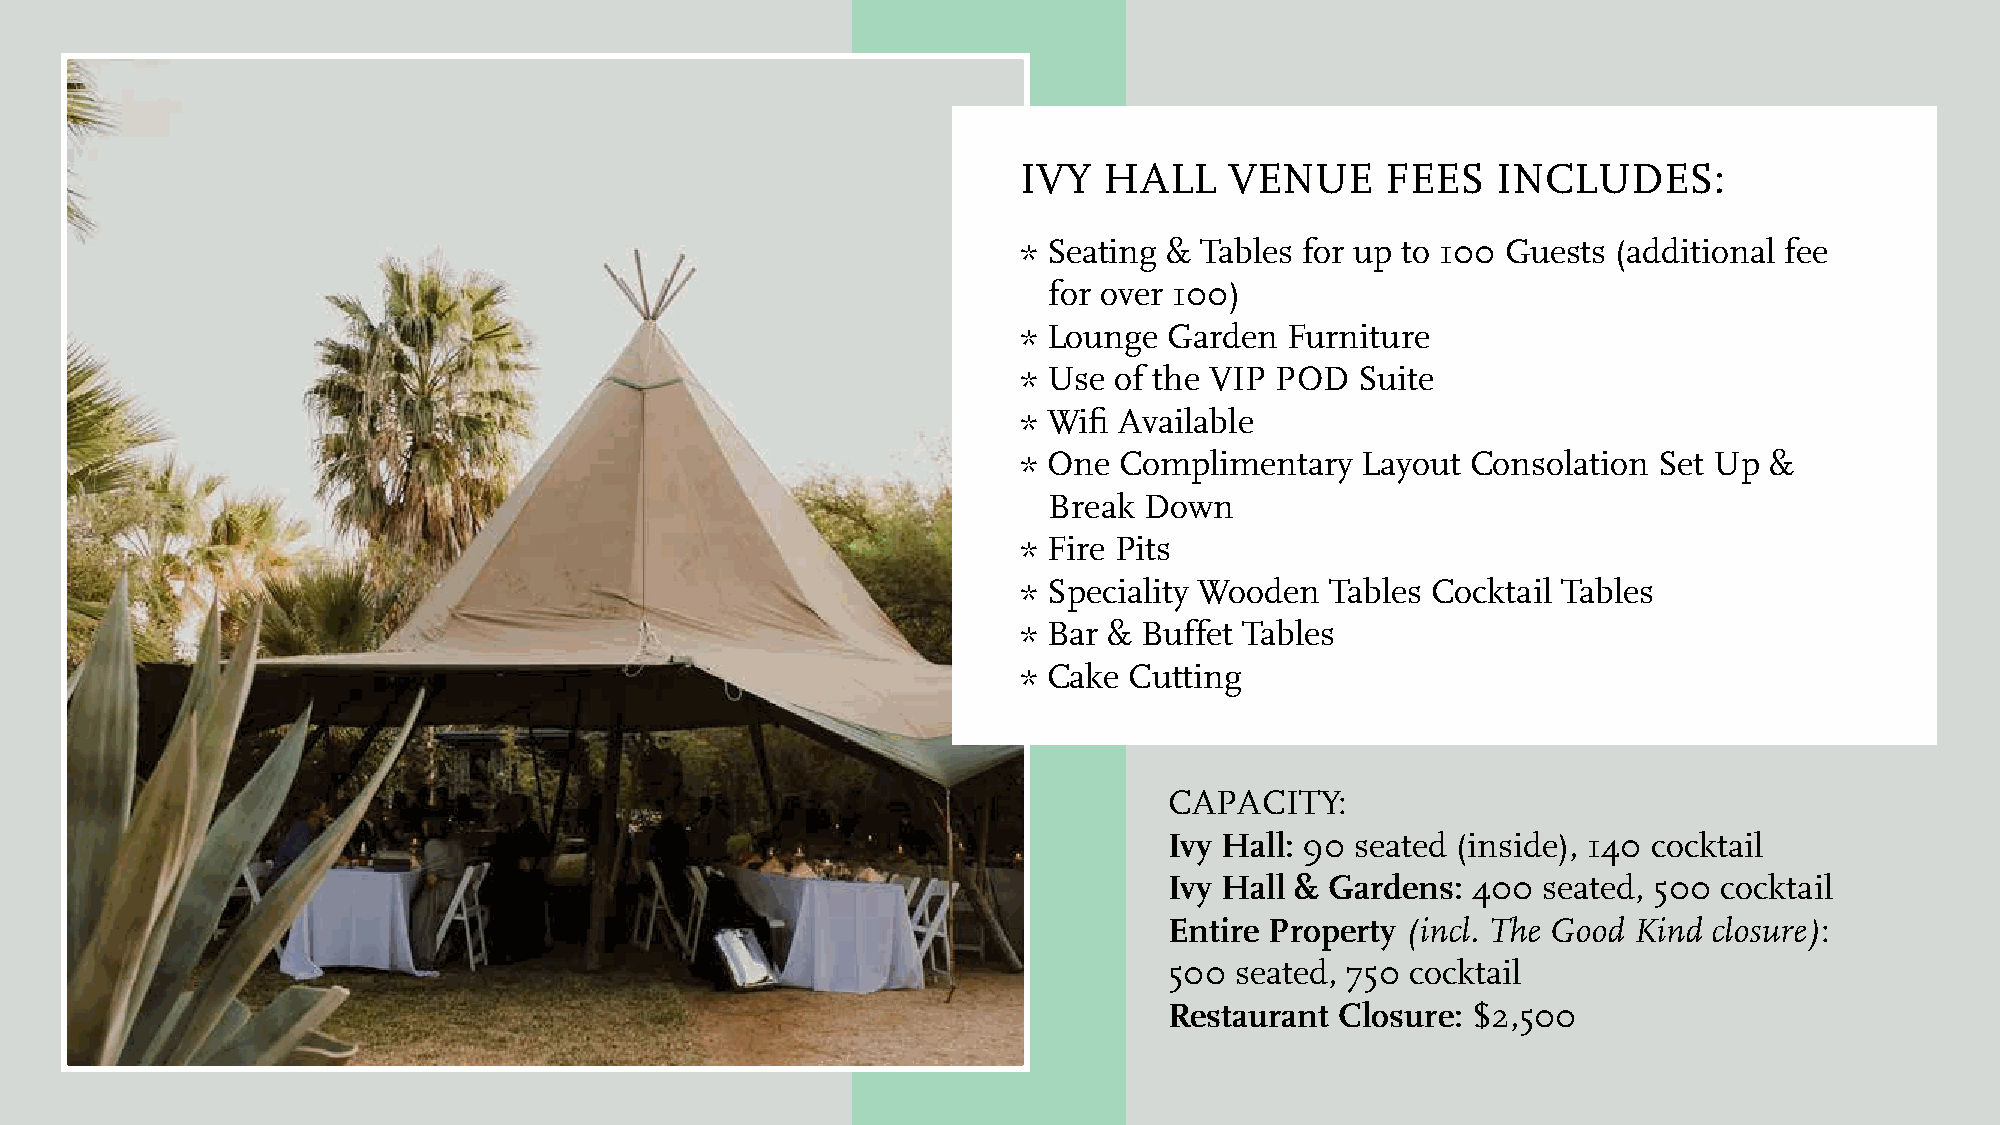
IVY  HALL    VENUE      FEES   INCLUDES:
 * Seating & Tables for up to 100 Guests (additional fee
 for over 100)
 * Lounge Garden  Furniture
 * Use of the VIP POD  Suite
 * Wifi Available
 * One Complimentary   Layout Consolation  Set Up &
 Break  Down
 * Fire Pits
 * Speciality Wooden Tables Cocktail Tables
 * Bar & Buffet Tables
 * Cake Cutting
 CAPACITY:
 Ivy Hall: 90 seated (inside), 140 cocktail
 Ivy Hall & Gardens: 400  seated, 500 cocktail
 Entire Property (incl. The Good Kind closure):
 500  seated, 750 cocktail
 Restaurant  Closure: $2,500